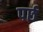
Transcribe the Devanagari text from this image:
पर्छ